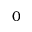
0